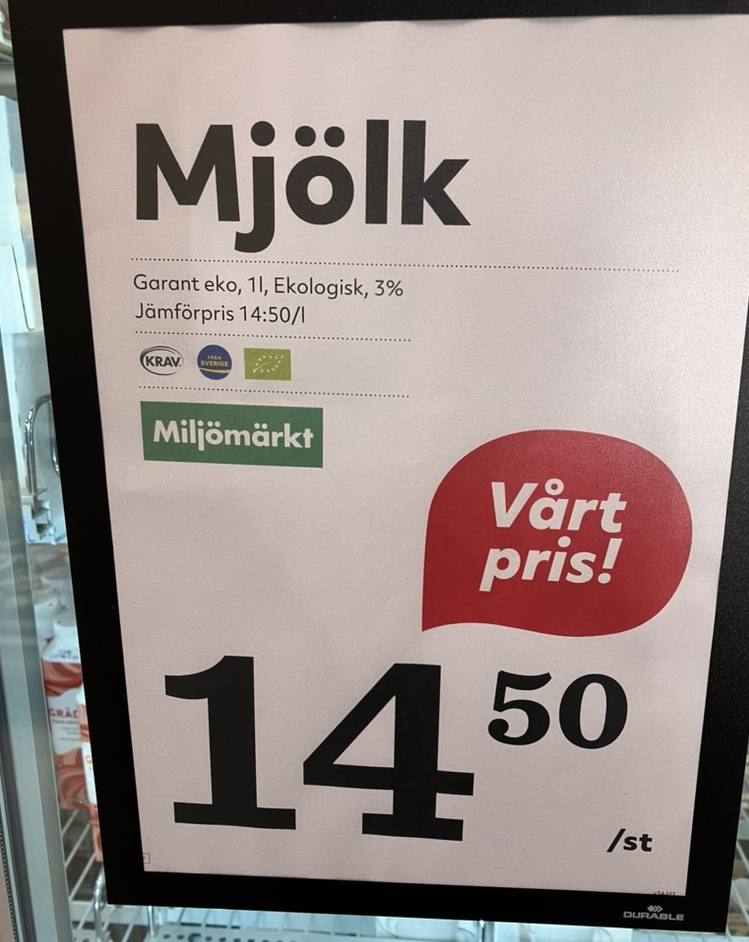
Vara: Mjölk
Genomsnittspris: 14.5 per L